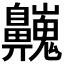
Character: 𪖾